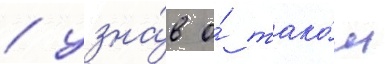
/ узна́в о́ тако́м